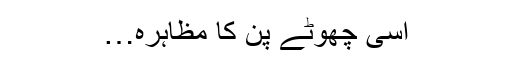
اسی چھوٹے پن کا مظاہرہ…